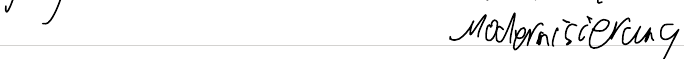
Modernisierung